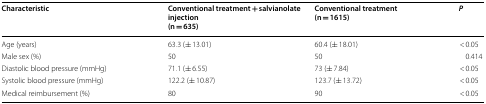
<table><thead><tr><td><b>Characteristic</b></td><td><b>Conventional treatment + salvianolate injection(n = 635)</b></td><td><b>Conventional treatment(n = 1615)</b></td><td><b><i>P</i></b></td></tr></thead><tbody><tr><td>Age (years)</td><td>63.3 (± 13.01)</td><td>60.4 (± 18.01)</td><td>&lt; 0.05</td></tr><tr><td>Male sex (%)</td><td>50</td><td>50</td><td>0.414</td></tr><tr><td>Diastolic blood pressure (mmHg)</td><td>71.1 (± 6.55)</td><td>73 (± 7.84)</td><td>&lt; 0.05</td></tr><tr><td>Systolic blood pressure (mmHg)</td><td>122.2 (± 10.87)</td><td>123.7 (± 13.72)</td><td>&lt; 0.05</td></tr><tr><td>Medical reimbursement (%)</td><td>80</td><td>90</td><td>&lt; 0.05</td></tr></tbody></table>